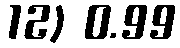
12) 0.99